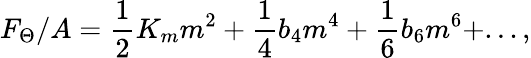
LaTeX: F_{\Theta}/A=\frac{1}{2}K_{m}m^{2}+\frac{1}{4}b_{4}m^{4}+\frac{1}{6}b_{6}m^{6}+...,